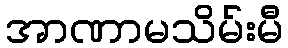
အာဏာမသိမ်းမီ